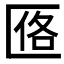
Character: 𪟰